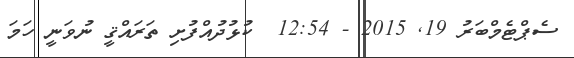
ސެޕްޓެމްބަރު 19